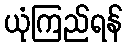
ယုံကြည်ရန်